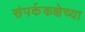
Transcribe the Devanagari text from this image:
संपर्ककक्षेच्या